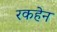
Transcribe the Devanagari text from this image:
रकहेन